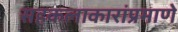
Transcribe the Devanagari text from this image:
सहकलाकारांप्रमाणे